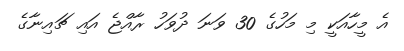
އެ މީހާއަކީ މި މަހުގެ 30 ވަނަ ދުވަހު ރާއްޖެ އައި ޗައިނާގެ